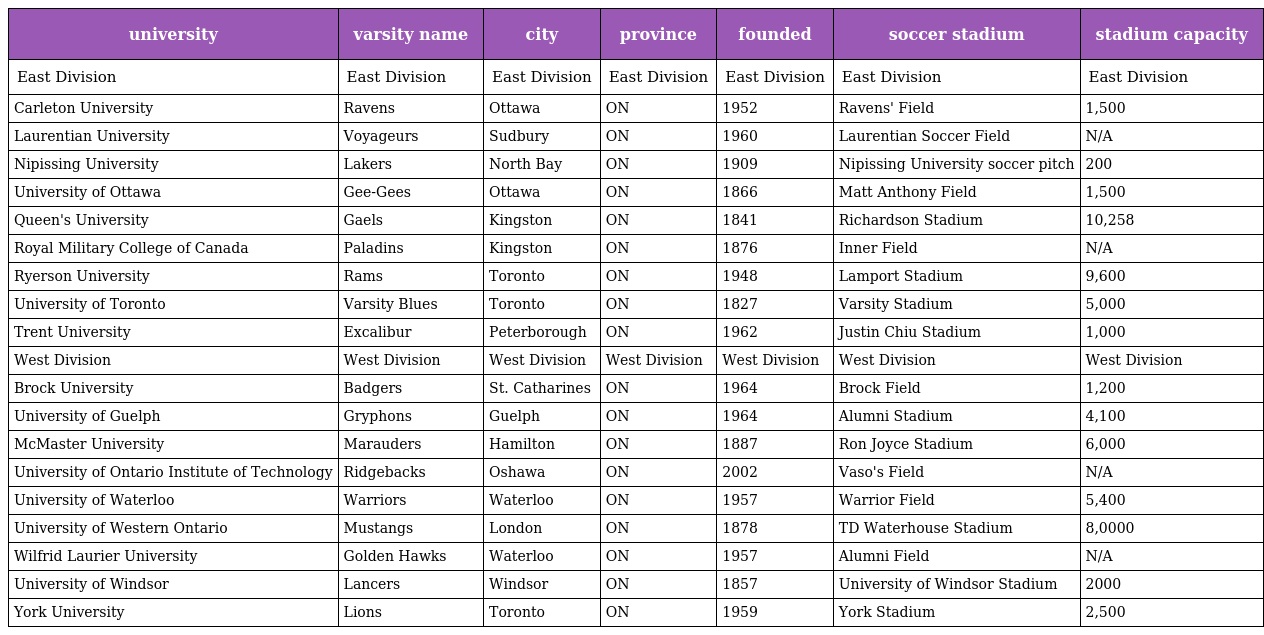
| university | varsity name | city | province | founded | soccer stadium | stadium capacity |
 | --- | --- | --- | --- | --- | --- | --- |
 | East Division | East Division | East Division | East Division | East Division | East Division | East Division |
 | Carleton University | Ravens | Ottawa | ON | 1952 | Ravens' Field | 1,500 |
 | Laurentian University | Voyageurs | Sudbury | ON | 1960 | Laurentian Soccer Field | N/A |
 | Nipissing University | Lakers | North Bay | ON | 1909 | Nipissing University soccer pitch | 200 |
 | University of Ottawa | Gee-Gees | Ottawa | ON | 1866 | Matt Anthony Field | 1,500 |
 | Queen's University | Gaels | Kingston | ON | 1841 | Richardson Stadium | 10,258 |
 | Royal Military College of Canada | Paladins | Kingston | ON | 1876 | Inner Field | N/A |
 | Ryerson University | Rams | Toronto | ON | 1948 | Lamport Stadium | 9,600 |
 | University of Toronto | Varsity Blues | Toronto | ON | 1827 | Varsity Stadium | 5,000 |
 | Trent University | Excalibur | Peterborough | ON | 1962 | Justin Chiu Stadium | 1,000 |
 | West Division | West Division | West Division | West Division | West Division | West Division | West Division |
 | Brock University | Badgers | St. Catharines | ON | 1964 | Brock Field | 1,200 |
 | University of Guelph | Gryphons | Guelph | ON | 1964 | Alumni Stadium | 4,100 |
 | McMaster University | Marauders | Hamilton | ON | 1887 | Ron Joyce Stadium | 6,000 |
 | University of Ontario Institute of Technology | Ridgebacks | Oshawa | ON | 2002 | Vaso's Field | N/A |
 | University of Waterloo | Warriors | Waterloo | ON | 1957 | Warrior Field | 5,400 |
 | University of Western Ontario | Mustangs | London | ON | 1878 | TD Waterhouse Stadium | 8,0000 |
 | Wilfrid Laurier University | Golden Hawks | Waterloo | ON | 1957 | Alumni Field | N/A |
 | University of Windsor | Lancers | Windsor | ON | 1857 | University of Windsor Stadium | 2000 |
 | York University | Lions | Toronto | ON | 1959 | York Stadium | 2,500 |